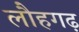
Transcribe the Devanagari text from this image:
लौहगढ़